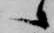
候